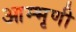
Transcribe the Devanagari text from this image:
आम्भृणी